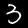
Digit: 3